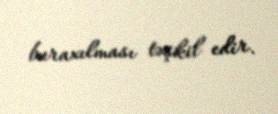
buraxılması təşkil edir.